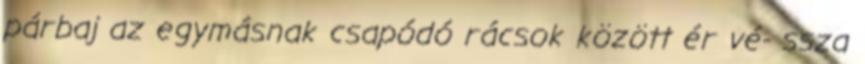
párbaj az egymásnak csapódó rácsok között ér vé- ssza